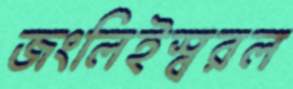
জংলিইস্বরল